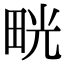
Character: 𤱳